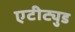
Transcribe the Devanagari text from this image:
एटीट्युड